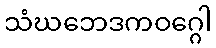
သံဃဘေဒကဝဂ္ဂေါ